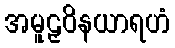
အမူဠှဝိနယာရဟံ